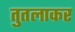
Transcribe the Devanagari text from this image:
तुतलाकर